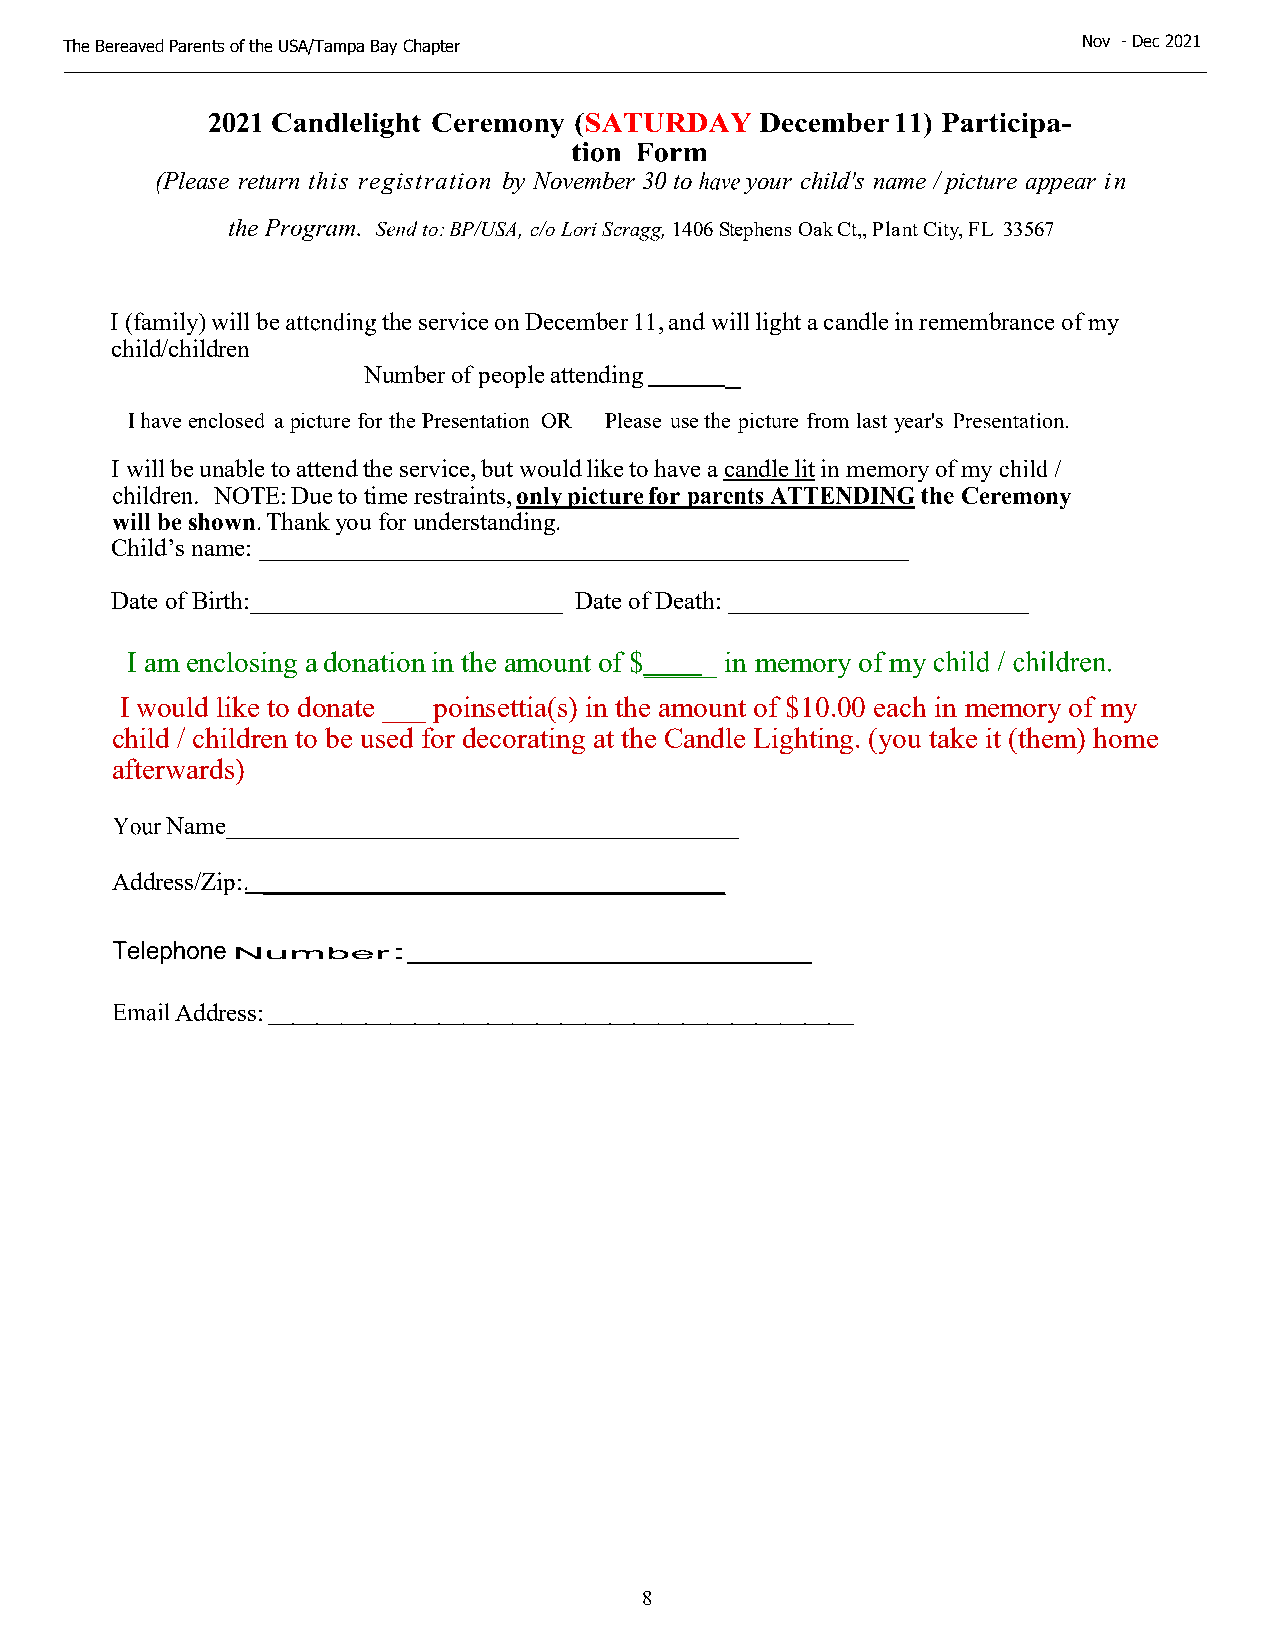
The Bereaved Parents of the USA/Tampa Bay Chapter                   N o v - Dec 2021
 2021                                         11)
 (Please return this registration by November 30 to your child's name / picture appear in
 the          to: BP/USA, c/o Lori Scragg, 1406 Stephens Oak Ct,, Plant City, FL 33567
 I (family) will be the service on December 11, and will light a candle in remembrance of my
 child/children
 Number of people attending
 have enclosed a picture for the Presentation OR Please use the picture from last year's
 I will be unable to attend the service, but would like to have a candle lit in memory of my
 NOTE: Due to time restraints, only picture for    Ceremony
 will be shown. Thank you for understanding.
 Child’s name: ____________________________________________________
 Date of Birth:_________________________ Date of Death: ________________________
 I am enclosing a donation in the amount of $_____ in memory of my
 I would like to donate ___ poinsettia(s) in the amount of $10.00 each in memory of my
 child / children to be used for decorating at the Candle Lighting. (you take it (them) home
 afterwards)
 Name_________________________________________
 Address/Zip:. _____________________________________
 Address:
 8